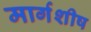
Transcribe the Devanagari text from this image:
मार्गशीष